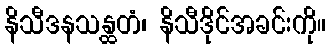
နိသီဒနသန္ထတံ၊ နိသီဒိုင်အခင်းကို။